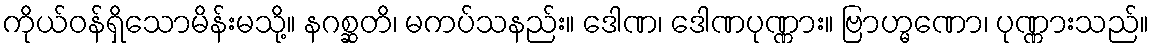
ကိုယ်ဝန်ရှိသောမိန်းမသို့။ နဂစ္ဆတိ၊ မကပ်သနည်း။ ဒေါဏ၊ ဒေါဏပုဏ္ဏား။ ဗြာဟ္မဏော၊ ပုဏ္ဏားသည်။